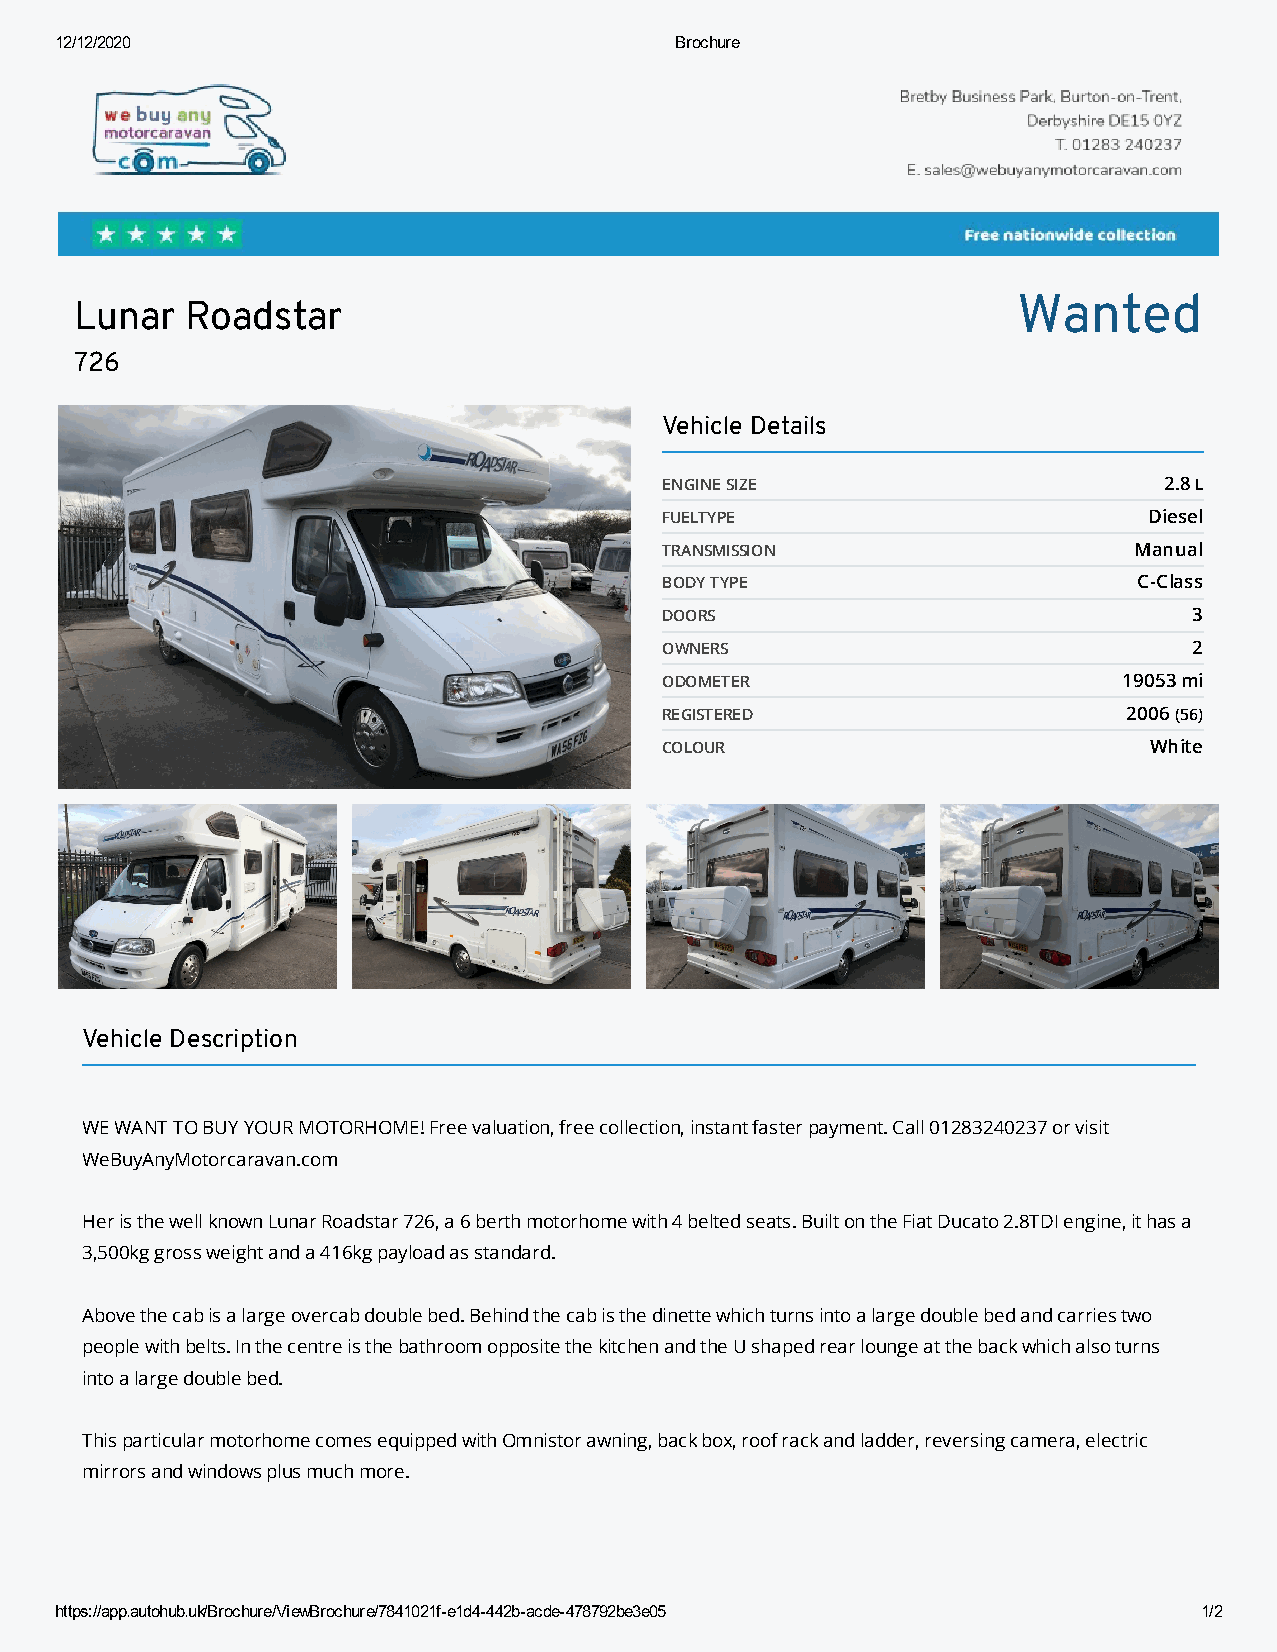
12/12/2020                               Brochure
 Wanted
 Lunar  Roadstar
 726
 Vehicle Details
 ENGINE SIZE                      2.8 L
 FUELTYPE                        Diesel
 TRANSMISSION                   Manual
 BODY TYPE                      C-Class
 DOORS                              3
 OWNERS                             2
 ODOMETER                      19053 mi
 REGISTERED                     2006 (56)
 COLOUR                          White
 Vehicle Description
 WE WANT TO BUY YOUR MOTORHOME! Free valuation, free collection, instant faster payment. Call 01283240237 or visit
 WeBuyAnyMotorcaravan.com
 Her is the well known Lunar Roadstar 726, a 6 berth motorhome with 4 belted seats. Built on the Fiat Ducato 2.8TDI engine, it has a
 3,500kg gross weight and a 416kg payload as standard.
 Above the cab is a large overcab double bed. Behind the cab is the dinette which turns into a large double bed and carries two
 people with belts. In the centre is the bathroom opposite the kitchen and the U shaped rear lounge at the back which also turns
 into a large double bed.
 This particular motorhome comes equipped with Omnistor awning, back box, roof rack and ladder, reversing camera, electric
 mirrors and windows plus much more.
 https://app.autohub.uk/Brochure/ViewBrochure/7841021f-e1d4-442b-acde-478792be3e05 1/2